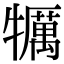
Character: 犡